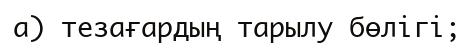
а) тезағардың тарылу бөлігі;